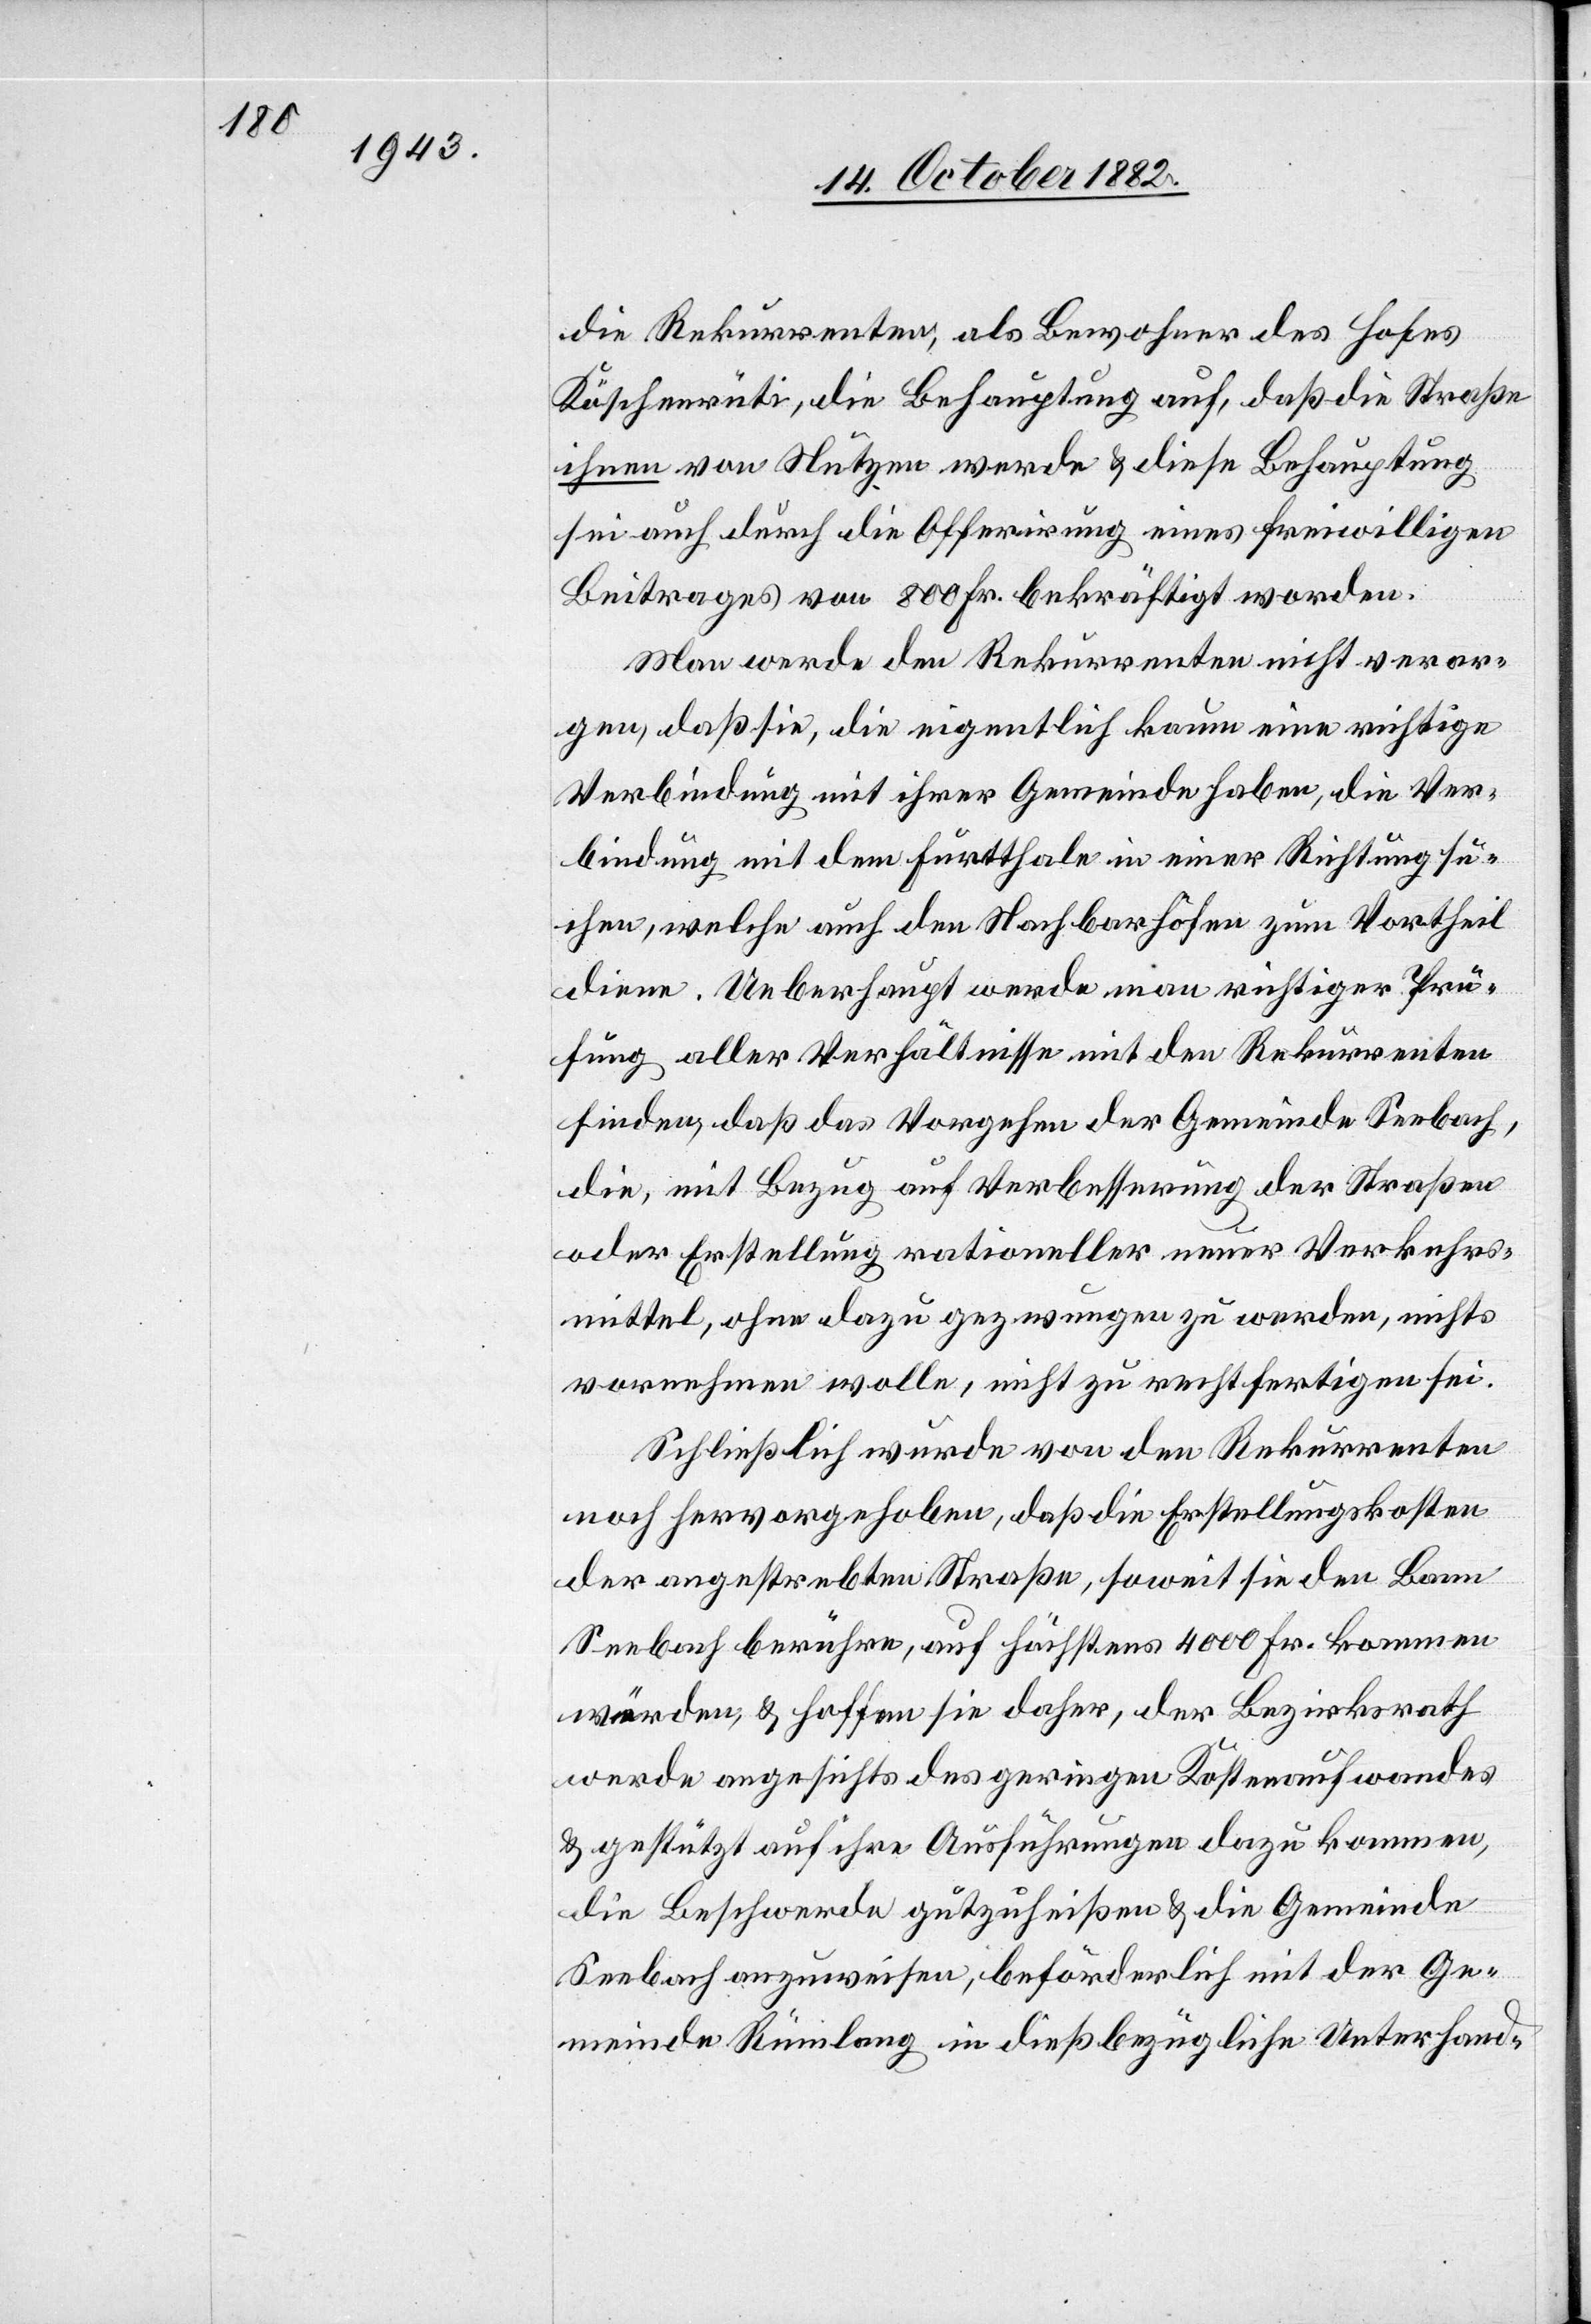
die Rekurrenten, als Bewohner des Hofes
Köschenrüti, die Behauptung auf, daß die Straße
ihnen von Nutzen [sein] werde & diese Behauptung
sei auch durch die Offerirung eines freiwilligen
Beitrages von 800 Fr. bekräftigt worden.
Man werde den Rekurrenten nicht verar¬
gen, daß sie, die eigentlich kaum eine richtige
Verbindung mit ihrer Gemeinde haben, die Ver¬
bindung mit dem Furtthale in einer Richtung su¬
chen, welche auch den Nachbarhöfen zum Vortheil
diene. Ueberhaupt werde man [nach] richtiger Prü¬
fung aller Verhältnisse mit den Rekurrenten
finden, daß das Vorgehen der Gemeinde Seebach,
die, mit Bezug auf Verbesserung der Straßen
oder Erstellung rationeller neuer Verkehrs¬
mittel, ohne dazu gezwungen zu werden, nichts
vornehmen wolle, nicht zu rechtfertigen sei.
Schließlich wurde von den Rekurrenten
noch hervorgehoben, daß die Erstellungskosten
der angestrebten Straße, soweit sie den Bann
Seebach berühre, auf höchstens 4000 Fr. kommen
würden, & hoffen sie daher, der Bezirksrath
werde angesichts des geringen Kostenaufwandes
& gestützt auf ihre Ausführungen dazu kommen,
die Beschwerde gutzuheißen & die Gemeinde
Seebach anzuweisen, beförderlich mit der Ge¬
meinde Rümlang in dießbezügliche Unterhand-